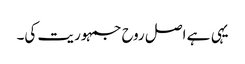
یہی ہے اصل روح جمہوریت کی۔